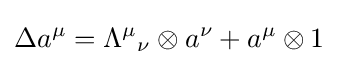
\Delta a^{\mu }={\Lambda ^{\mu }}_{\nu }\otimes a^{\nu }+a^{\mu }\otimes 1